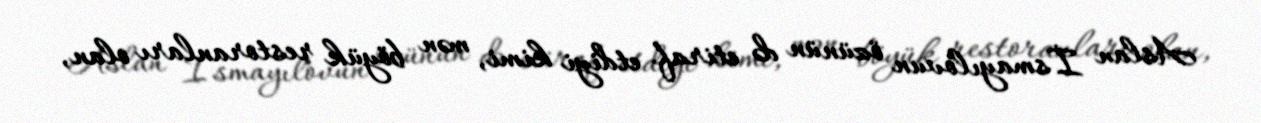
Aslan İsmayılovun özünün də etiraf etdiyi kimi, mən böyük restoranları olan,